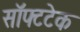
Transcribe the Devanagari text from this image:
सॉफ्टटेक